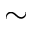
\sim